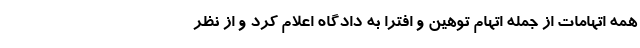
همه اتهامات از جمله اتهام توهین و افترا به دادگاه اعلام کرد و از نظر